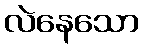
လဲနေသော